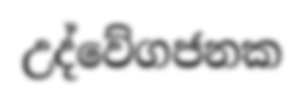
උද්වේගජනක